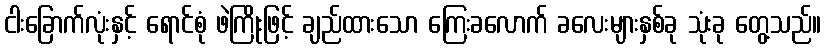
ငါးခြောက်လုံးနှင့် ရောင်စုံ ဖဲကြိုးဖြင့် ချည်ထားသော ကြေးခလောက် ခလေးများနှစ်ခု သုံးခု တွေ့သည်။